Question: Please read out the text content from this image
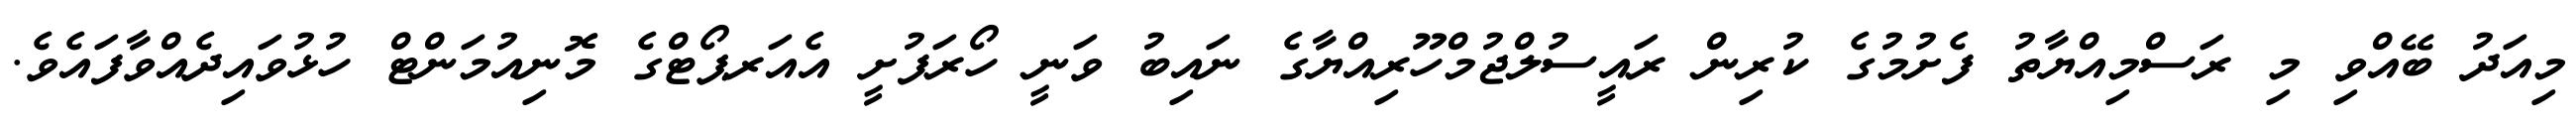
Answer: މިއަދު ބޭއްވި މި ރަސްމިއްޔާތު ފެށުމުގެ ކުރިން ރައީސުލްޖުމްހޫރިއްޔާގެ ނައިބު ވަނީ ހޯރަފުށީ އެއަރޕޯޓްގެ މޮނިއުމަންޓް ހުޅުވައިދެއްވާފައެވެ.